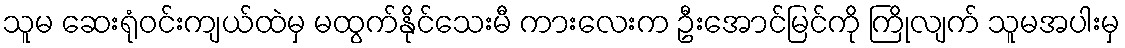
သူမ ဆေးရုံဝင်းကျယ်ထဲမှ မထွက်နိုင်သေးမီ ကားလေးက ဦးအောင်မြင်ကို ကြိုလျက် သူမအပါးမှ